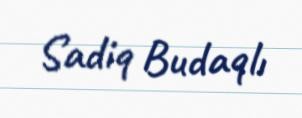
Sadiq Budaqlı